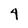
Character: 4